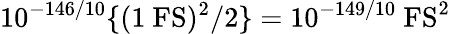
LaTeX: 10^{-146/10}\{ (1~\mathrm{FS})^{2}/2\} =10^{-149/10}~\mathrm{FS^{2}}